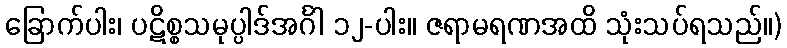
ခြောက်ပါး၊ ပဋိစ္စသမုပ္ပါဒ်အင်္ဂါ ၁၂-ပါး။ ဇရာမရဏအထိ သုံးသပ်ရသည်။)